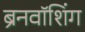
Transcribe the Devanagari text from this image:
ब्रेनवॉशिंग